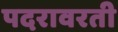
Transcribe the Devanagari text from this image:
पदरावरती